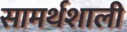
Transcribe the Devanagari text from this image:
सामर्थशाली